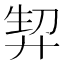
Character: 𭚘